Leaving Certificate Examination, 1906
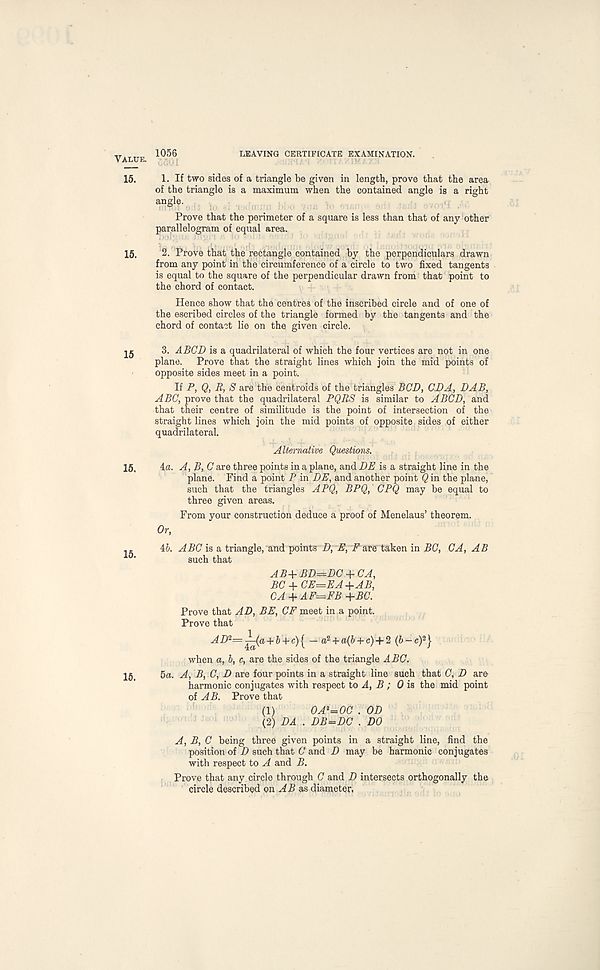
LEAVING CERTIFICATE EXAMINATION.
Value. 1056 CSOI
15. 1. If two sides of a triangle be given in length, prove that the area
of the triangle is a maximum when the contained angle is a right
angle.
Prove that the perimeter of a square is less than that of any other
parallelogram of equal area.
15, 2. Prove that the rectangle contained by the perpendiculars drawn
from any point in the circumference of a circle to two fixed tangents
is equal to the square of the perpendicular drawn from that point to
the chord of contact.
Hence show that the centres of the inscribed circle and of one of
the escribed circles of the triangle formed by the tangents and the
chord of contact lie on the given circle.
3. ABCD is a quadrilateral of which the four vertices are not in one
plane. Prove that the straight lines which join the mid points of
opposite sides meet in a point.
If P, Q, R, S are the centroids of the triangles BCD, CDA, DAB,
ABC, prove that the quadrilateral PQRS is similar to ABCD, and
that their centre of similitude is the point of intersection of the
straight lines which join the mid points of opposite sides of either
quadrilateral.
Alternative Questions.
15, 4a. A, B, C are three points in a plane, and DE is a straight line in the
plane. Find a point P in DE, and another point Q in the plane,
such that the triangles APQ, BPQ, CPQ may be equal to
three given areas.
From your construction deduce a proof of Menelaus’ theorem.
Or,
1( . 46. ABC is & triangle, and points D, E, Fare taken in BC, CA, AB
such that
AB+ BD=DC + CA,
BC + CE=EA +AB,
CA + AF=FB +BC.
Prove that AD, BE, CF meet in a point.
Prove that
^Z)2=JL(a + & + c ){ _ a 2 + a(6 + c) + 2 (6-c) 2 }
when a, b, c, are the sides of the triangle ABC.
15, 5a. A, B, C, D are four points in a straight line such that C, D are
harmonic conjugates with respect to A, B ; 0 is the mid point
of AB. Prove that
(1)
OA^OC . OD
(2) DA . DB=DC . DO
A, B, C being three given points in a straight line, find the
position of D such that C and D may be harmonic conjugates
with respect to A and B.
Prove that any circle through C and D intersects orthogonally the
circle described on AB as diameter.